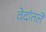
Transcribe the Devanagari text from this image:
वेदांतले